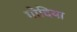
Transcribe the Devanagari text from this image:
गोदिया